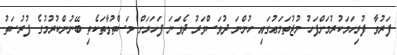
ފަރުވާ ފުރިހަމަކުރުމަށްފަހު މުޖުތަމަޢުގައި ހުންނަ ދުވަސްވަރު ދެވަނަ ފަހަރަށް މަސްތުވާތަކެތި ބޭނުންކުރުމުގެ ފުރުސަތު